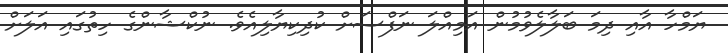
ޔަމްހާ އާއި ދިމަ ބަލާލެވުމުން އަމިއްލަ ނަފްސަށް ކުދިކިޔާލިއެވެ. ނުކްޝާންގެ ހިތުގައި އަލަށް